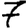
Digit: 7